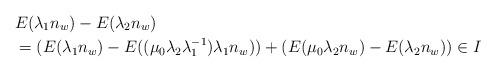
LaTeX: \begin{align*}&E(\lambda_1n_w) - E(\lambda_2n_w)\\& = (E(\lambda_1 n_w) - E((\mu_0 \lambda_2 \lambda_1^{-1})\lambda_1n_w)) + (E(\mu_0\lambda_2 n_w) - E(\lambda_2 n_w))\in I\end{align*}